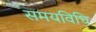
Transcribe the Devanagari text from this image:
समयविधि